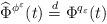
LaTeX: \begin{align*}\widehat \Phi^{\phi^\varepsilon}(t) \overset{ d} {= } \Phi^{q_\varepsilon}(t)\end{align*}